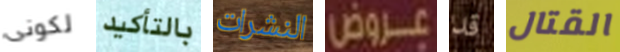
لكونى بالتأكيد النشرات عروض قد القتال